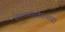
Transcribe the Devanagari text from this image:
वेगळ्यावेगळ्या